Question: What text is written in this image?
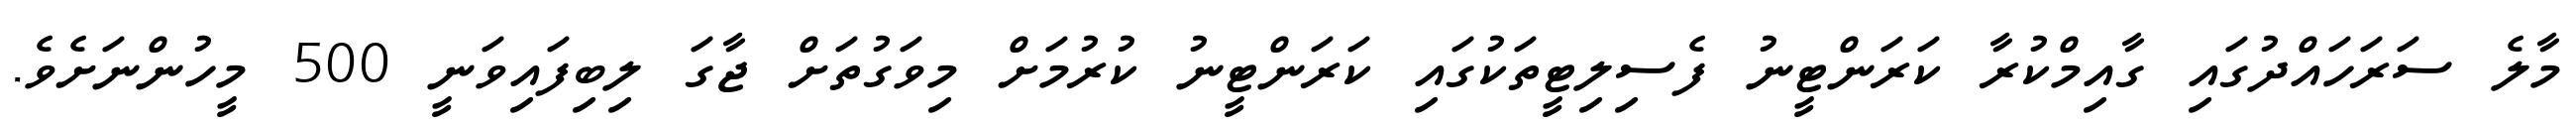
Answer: މާލެ ސަރަހައްދުގައި ގާއިމްކުރާ ކަރަންޓީނު ފެސިލިޓީތަކުގައި ކަރަންޓީނު ކުރުމަށް މިވަގުތަށް ޖާގަ ލިބިފައިވަނީ 500 މީހުންނަށެވެ.